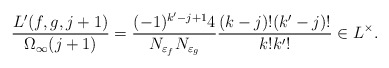
\begin{align*} \frac{L'(f, g,j+1)}{\Omega_\infty(j+1)}= \frac{(-1)^{k'-j+1}4}{N_{\varepsilon_f}N_{\varepsilon_g}}\frac{(k-j)!(k'-j)!}{k!k'!}\in L^\times. \end{align*}